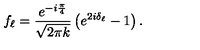
f _ { \ell } = \frac { e ^ { - i \frac { \pi } { 4 } } } { \sqrt { 2 \pi k } } \left( e ^ { 2 i \delta _ { \ell } } - 1 \right) . \nonumber